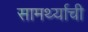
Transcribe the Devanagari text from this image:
सामर्थ्याची